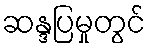
ဆန္ဒပြမှုတွင်